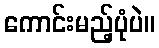
ကောင်းမည့်ပုံပဲ။